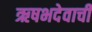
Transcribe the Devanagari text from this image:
ऋषभदेवाची